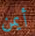
أيمن